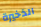
الذخيرة